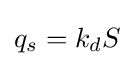
q_{s}=k_{d}S\,\!